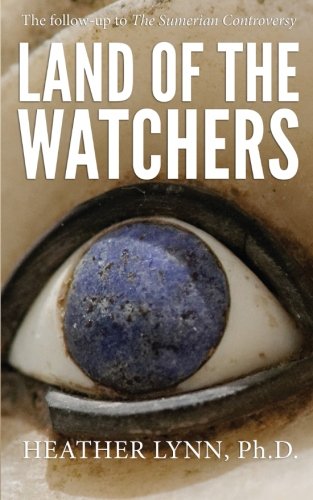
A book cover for Land of the Watchers (Mysteries in Mesopotamia) (Volume 2); Heather Lynn; Science & Math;